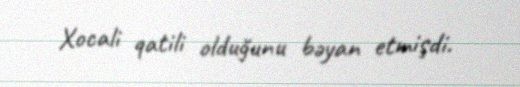
Xocali qatili olduğunu bəyan etmişdi.